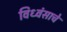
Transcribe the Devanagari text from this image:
विध्वंसाचे